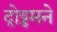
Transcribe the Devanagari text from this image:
दो़ड्डमने